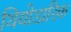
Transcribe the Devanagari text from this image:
थियोडारिक